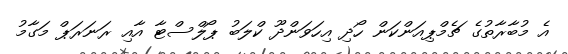
އެ މުބާރާތުގެ ޗެމްޕިއަންކަން ހޯދި އިހަވަންދޫ ކްލަބު ޕޯލްސްޓާ އާއި ރަނަރަޕް މަގާމު